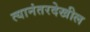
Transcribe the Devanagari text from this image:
त्यानंतरदेखील